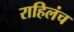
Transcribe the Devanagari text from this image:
राहिलंच